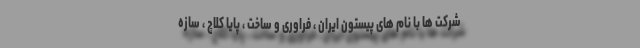
شرکت ها با نام های پیستون ایران ، فراوری و ساخت ، پایا کلاچ ، سازه